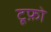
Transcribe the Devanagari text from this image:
टूफ़ो